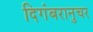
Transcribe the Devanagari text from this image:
दिगंबरानुचर